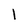
Character: 1